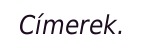
Címerek.